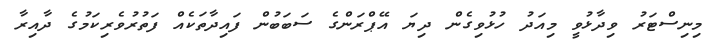
މިނިސްޓަރު ވިދާޅުވީ މިއަދު ހުޅުވިގެން ދިޔަ އޭޕްރަންގެ ސަބަބުން ފައިދާތަކެއް ފަތުރުވެރިކަމުގެ ދާއިރާ